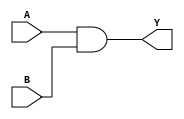
module QAND1(A, B, Y);
	input A, B;
	output Y;
	
	and (Y, A, B);
endmodule